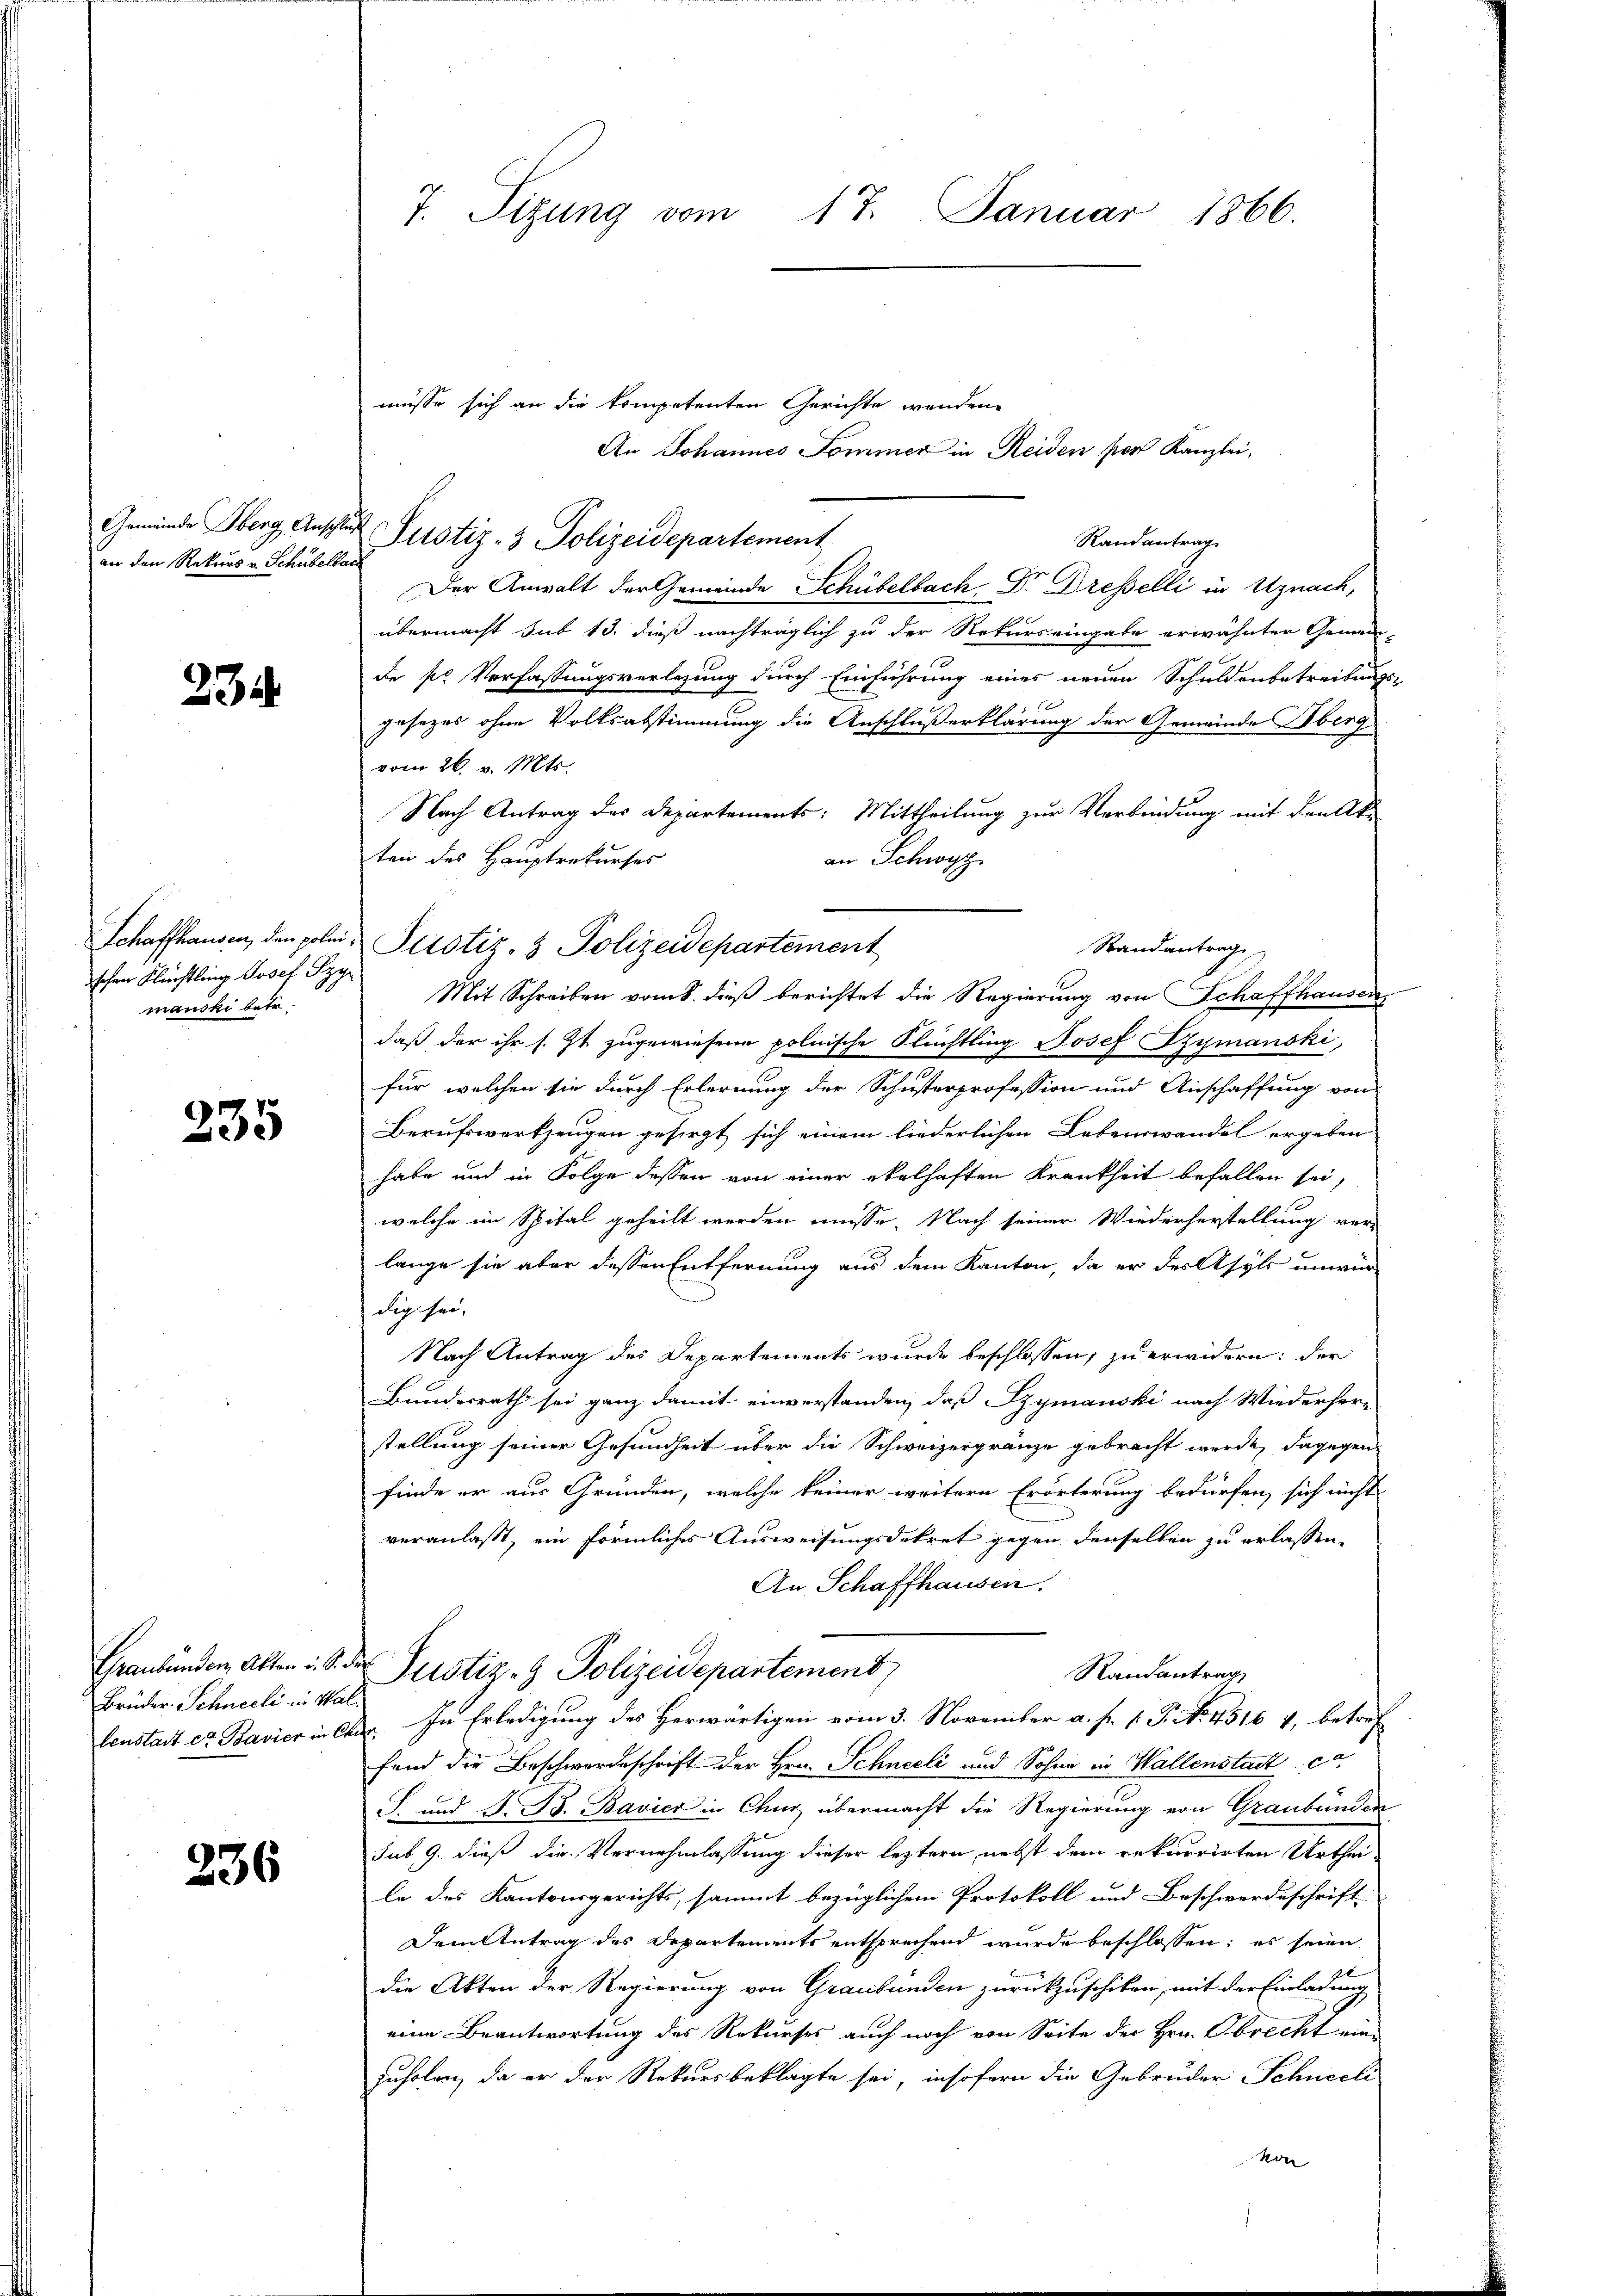
an den Rekurs v. Schübelbach

234

Schaffhausen, den polei
schen Flüchtling Josef Szy
manski betr.

235

Brüder Schneeli in Wal¬

236

7. Sitzung vom 17. Januar 1866.

Gemeinde Oberg Anschlaf Pustiz- & Polizeidepartement

müsse sich an die kompetenten Gerichte wenden
An Johannes Sommer in Reiden per Kanzlei,
Randantrag
Der Anwalt der Gemeinde Schübelbach Dr. Dresselli in Uznach,
übermacht sub 13. dieß nachträglich zu der Rekurs eingabe erwähnter Gemein-
de pr Verfassungsverlegung durch Einführung eines neuen Schuldenbetreibungs-
gesezes ohne Volksabstimmung die Anschluß erklärung der Gemeinde Oberg
vom 26. v. Mts.
Nach Antrag des Departements: Mittheilung zur Verbindung mit den k.
ten des Hauptrekurses
an Schwyz
Randantrag
Mit Schreiben vom 8. dieß berichtet die Regierung von Schaffhausen
daß der ihr s. Zt. zugewiesene polnische Flüchtling Josef Szymanski,
für welchen sie durch Erlernung der Schusterprofession und Anschaffung von
Berufswerkzeugen gesorgt sich einem liederlichen Lebenswandel ergeben
habe und in Folge dessen von einer ekelhaften Krankheit befallen sei,
welche im Spital geheilt werden müsse. Nach seiner Wiederherstellung ver-
lange sie aber dessen Entfernung aus dem Kanton, da er der Asyls unwir-
dig sei.
Nach Antrag des Departements wurde beschlossen, zu erwidern: der
Bundesrath sei ganz damit einverstanden, daß Szymanski nach Wiederher-
stellung seiner Gesundheit über die Schweizergränze gebracht werde, dagegen
finde er aus Gründen, welche keiner weitern Erörterung bedürfen, sich nicht
veranlaßt, ein förmliches Ausweisungsdekret gegen denselben zu erlassen,
An Schaffhausen.
Graubünden Alten. S. der Pustiz- & Polizeidepartement
Randantrag
benstait et Bavier in Chir. In Erledigung des Herwärtigen vom 3. November a. f. 1. P. No. 4516 1, betref
fand die Beschwerdeschrift der Hrn. Schneeli und Sohne in Wallenstait co
S. und S. B. Bavier in Chur übermacht die Regierung von Graubünden
sub 9. dieß die Vernehmlassung dieser leztern, nebst dem rekurrirten Urthei-
le des Kantonsgerichts, sammt bezüglichem Protokoll und Beschwerdeschrift-
Dem Antrag des Departements entsprechend wurde beschlossen; es seien
die Akten der Regierung von Graubünden zurückzuschiken, mit der Einladung
eine Beantwortung des Rekurses auch noch von Seite der Hrn. Obrecht eine
zuholen, da er der Rekursbeklagte sei, insofern die Gebrüder Schneeli
von

Justiz- & Polizeidepartement